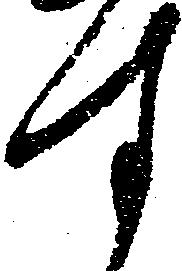
す